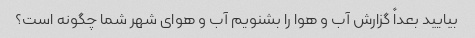
بیایید بعداً گزارش آب و هوا را بشنویم آب و هوای شهر شما چگونه است؟